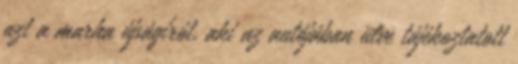
azt a marha újságírót, aki az autójában ülve tájékoztatott